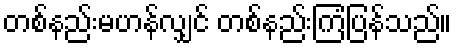
တစ်နည်းမဟန်လျှင် တစ်နည်းကြံပြန်သည်။